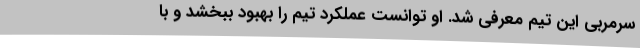
سرمربی این تیم معرفی شد. او توانست عملکرد تیم را بهبود ببخشد و با